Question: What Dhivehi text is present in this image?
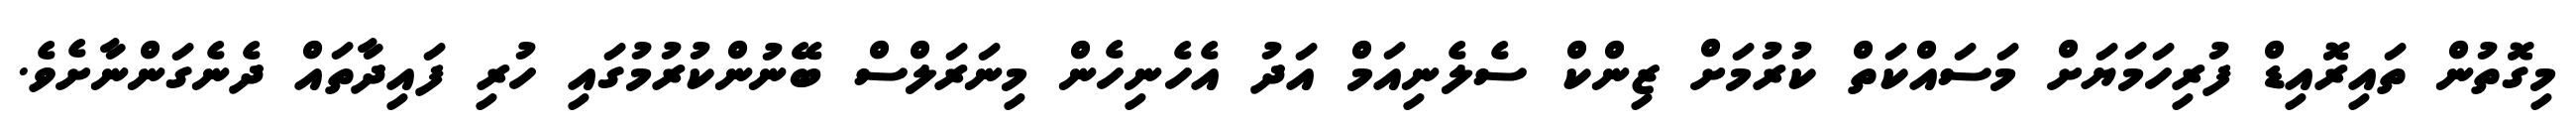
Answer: މިގޮތުން ތައިރޮއިޑް ފުރިހަމަޔަށް މަސައްކަތް ކުރުމަށް ޒިންކް ސެލެނިއަމް އަދު އެހެނިހެން މިނަރަލްސް ބޭނުންކުރުމުގައި ހުރި ފައިދާތައް ދެނެގަންނާށެވެ.